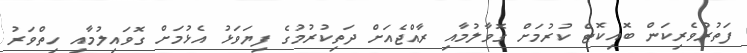
ފަތުރުވެރިކަން ބޮއިކޮޓް ކުރުމަށް ގޮވާލުމާއި ރާއްޖެއަށް ދަތިކުރުމުގެ ފިޔަވަޅު އެޅުމަށް ގޮވައިލުމާއި ހިތްވަރު